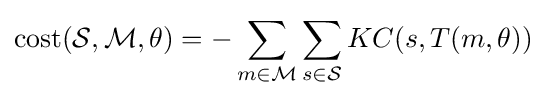
\operatorname {cost} ({\mathcal {S}},{\mathcal {M}},\theta )=-\sum _{m\in {\mathcal {M}}}\sum _{s\in {\mathcal {S}}}KC(s,T(m,\theta ))